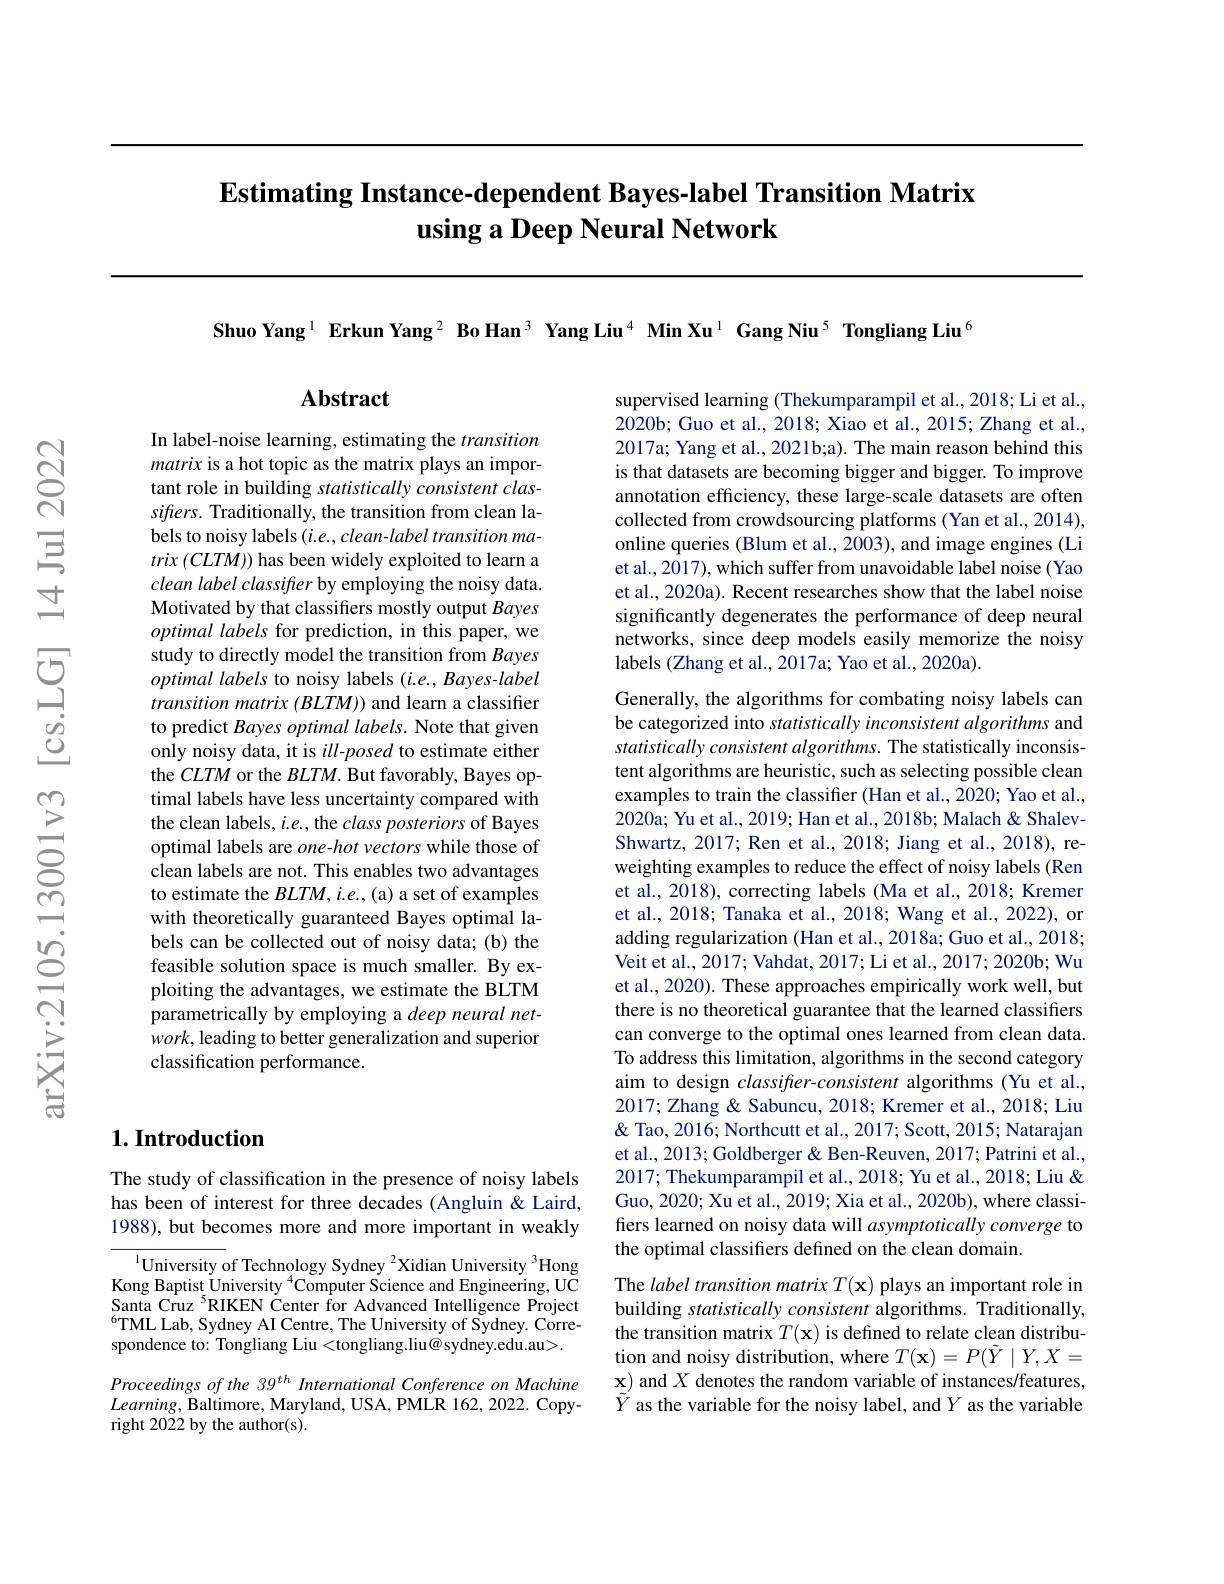
## $\textbf{Estimating Instance- dependent Bayes- label Transition Matrix}$ using a Deep Neural Network

Shuo Yang$^{1}$ Erkun Yang$^{2}$ Bo Han$^{3}$ Yang Liu$^{4}$ Min Xu$^{1}$ Gang Niu$^{5}$ Tongliang Liu$^{6}$

$\mathbf{Abstract}$

In label-noise learning, estimating the transition matrix is a hot topic as the matrix plays an important role in building statistically consistent clas- $sifters.$ Traditionally, the transition from clean labels to noisy labels $( i. e. , clean- label\textit{transition ma- }$ $trix\left(CLTM\right)$ has been widely exploited to learn a clean label classifter by employing the noisy data. Motivated by that classifiers mostly output Bayes $optimal\textit{labels for prediction, in this paper, we}$ study to directly model the transition from Bayes optimal labels to noisy labels (i.e., Bayes-label transition matrix $(BLTM)$ and learn a classifier to predict Bayes optimal labels. Note that given only noisy data, it is $ill-posed$ to estimate either the $CLTM$ or the $BLTM.$ But favorably, Bayes optimal labels have less uncertainty compared with the clean labels, $i.e.$, the class posteriors of Bayes optimal labels are one-hot vectors while those of clean labels are not. This enables two advantages to estimate the $BLTM,i.e.$,(a) a set of examples with theoretically guaranteed Bayes optimal labels can be collected out of noisy data; (b) the feasible solution space is much smaller. By exploiting the advantages, we estimate the BLTM parametrically by employing a deep neural net- $work$, leading to better generalization and superior classification performance.

## $1. \textbf{Introduction}$

The study of classification in the presence of noisy labels has been of interest for three decades (Angluin & Laird, 1988), but becomes more and more important in weakly

${\overline{\text{University of Technology Sydney }^2}}$Xidian University$^3$Hong Kong Baptist $\underset{\varsigma}{\operatorname*{University}}^{4}$Computer Science and Engineering, UC Santa Cruz $^{5}$RIKEN Center for Advanced Intelligence Project $^{6}$TML Lab, Sydney AI Centre, The University of Sydney. Correspondence to: Tongliang Liu <tongliang.liu@sydney.edu.au>. Proceedings of the 39$^{th}$ International Conference on Machine $Learning$,Baltimore, Maryland, USA, PMLR 162, 2022. Copyright 2022 by the author(s).

supervised learning (Thekumparampil et al., 2018; Li et al., 2020b; Guo et al., 2018; Xiao et al., 2015; Zhang et al., 2017a; Yang et al., 2021b;a). The main reason behind this is that datasets are becoming bigger and bigger. To improve annotation efficiency, these large-scale datasets are often collected from crowdsourcing platforms (Yan et al., 2014), online queries (Blum et al., 2003), and image engines (Li et al., 2017), which suffer from unavoidable label noise (Yao et al., 2020a). Recent researches show that the label noise significantly degenerates the performance of deep neural networks, since deep models easily memorize the noisy labels (Zhang et al., 2017a; Yao et al., 2020a).

Generally, the algorithms for combating noisy labels can be categorized into statistically inconsistent algorithms and statistically consistent algorithms. The statistically inconsistent algorithms are heuristic, such as selecting possible clean examples to train the classifier (Han et al., 2020; Yao et al., 2020a; Yu et al., 2019; Han et al., 2018b; Malach& ShalevShwartz, 2017; Ren et al., 2018; Jiang et al., 2018), reweighting examples to reduce the effect of noisy labels (Ren et al., 2018), correcting labels (Ma et al., 2018; Kremer et al., 2018; Tanaka et al., 2018; Wang et al., 2022), or adding regularization (Han et al., 2018a; Guo et al., 2018; Veit et al., 2017; Vahdat, 2017; Li et al., 2017; 2020b; Wu et al., 2020). These approaches empirically work well, but there is no theoretical guarantee that the learned classifiers can converge to the optimal ones learned from clean data. To address this limitation, algorithms in the second category aim to design classifrer-consistent algorithms (Yu et al., 2017; Zhang & Sabuncu, 2018; Kremer et al., 2018; Liu & ' Natarajan $\&$ Tao, 2016; Northcutt et al., 2017; Scott, 2015; Natarajan et al., 2013; Goldberger & Ben-Reuven, 2017; Patrini et al., 2017; Thekumparampil et al., 2018; Yu et al., 2018; Liu & Guo, 2020; Xu et al., 2019; Xia et al., 2020b), where classifiers learned on noisy data will asymptotically converge to the optimal classifiers defined on the clean domain.
The label transition matrix $T(\mathbf{x})$ plays an important role in building statistically consistent algorithms. Traditionally, the transition matrix $T(\mathbf{x})$ is defined to relate clean distribution and noisy distribution, where $T(\mathbf{x})=P(\tilde{Y}\mid Y,X=$ $\mathbf{x})$ and $X$ denotes the random variable of instances/features, $\tilde{Y}^{\prime}$ as the variable for the noisy label, and $Y$ as the variable